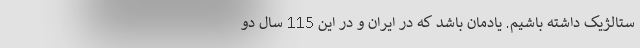
ستالژیک داشته باشیم. یادمان باشد که در ایران و در این 115 سال دو